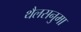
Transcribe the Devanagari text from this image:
थैलसनुमा